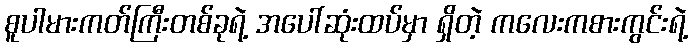
စူပါမားကတ်ကြီးတစ်ခုရဲ့ အပေါ်ဆုံးထပ်မှာ ရှိတဲ့ ကလေးကစားကွင်းရဲ့